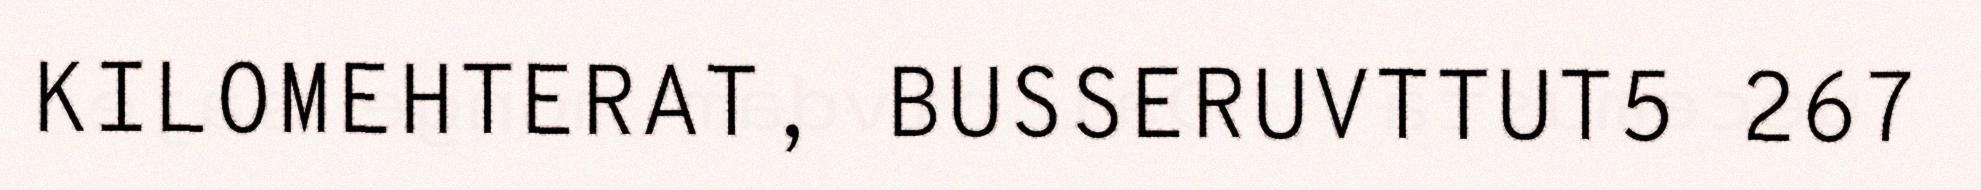
KILOMEHTERAT, BUSSERUVTTUT5 267